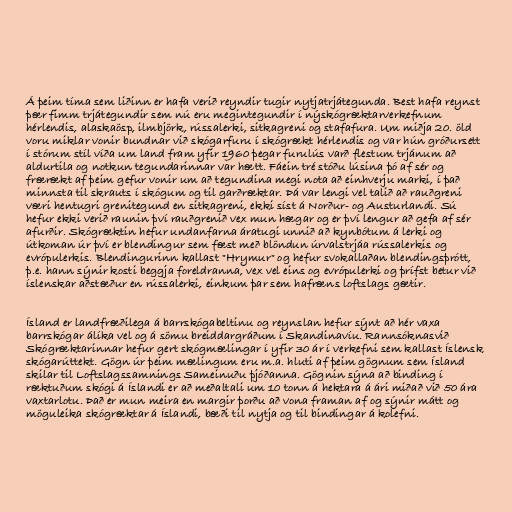
Á þeim tíma sem liðinn er hafa verið reyndir tugir nytjatrjátegunda. Best hafa reynst
þær fimm trjátegundir sem nú eru megintegundir í nýskógræktarverkefnum
hérlendis, alaskaösp, ilmbjörk, rússalerki, sitkagreni og stafafura. Um miðja 20. öld
voru miklar vonir bundnar við skógarfuru í skógrækt hérlendis og var hún gróðursett
í stórum stíl víða um land fram yfir 1960 þegar furulús varð flestum trjánum að
aldurtila og notkun tegundarinnar var hætt. Fáein tré stóðu lúsina þó af sér og
frærækt af þeim gefur vonir um að tegundina megi nota að einhverju marki, í það
minnsta til skrauts í skógum og til garðræktar. Þá var lengi vel talið að rauðgreni
væri hentugri grenitegund en sitkagreni, ekki síst á Norður- og Austurlandi. Sú
hefur ekki verið raunin því rauðgrenið vex mun hægar og er því lengur að gefa af sér
afurðir. Skógræktin hefur undanfarna áratugi unnið að kynbótum á lerki og
útkoman úr því er blendingur sem fæst með blöndun úrvalstrjáa rússalerkis og
evrópulerkis. Blendingurinn kallast "Hrymur" og hefur svokallaðan blendingsþrótt,
þ.e. hann sýnir kosti beggja foreldranna, vex vel eins og evrópulerki og þrífst betur við
íslenskar aðstæður en rússalerki, einkum þar sem hafræns loftslags gætir.

Ísland er landfræðilega á barrskógabeltinu og reynslan hefur sýnt að hér vaxa
barrskógar álíka vel og á sömu breiddargráðum í Skandinavíu. Rannsóknasvið
Skógræktarinnar hefur gert skógmælingar í yfir 30 ár í verkefni sem kallast Íslensk
skógarúttekt. Gögn úr þeim mælingum eru m.a. hluti af þeim gögnum sem Ísland
skilar til Loftslagssamnings Sameinuðu þjóðanna. Gögnin sýna að binding í
ræktuðum skógi á Íslandi er að meðaltali um 10 tonn á hektara á ári miðað við 50 ára
vaxtarlotu. Það er mun meira en margir þorðu að vona framan af og sýnir mátt og
möguleika skógræktar á Íslandi, bæði til nytja og til bindingar á kolefni.